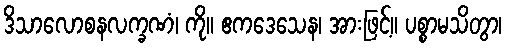
ဒိသာလောစနလက္ခဏံ၊ ကို။ ဧကဒေသေန၊ အားဖြင့်။ ပစ္စာမသိတွာ၊